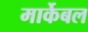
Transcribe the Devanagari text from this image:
मार्केबल